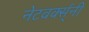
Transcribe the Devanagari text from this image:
नेटवर्क्स्‌नी